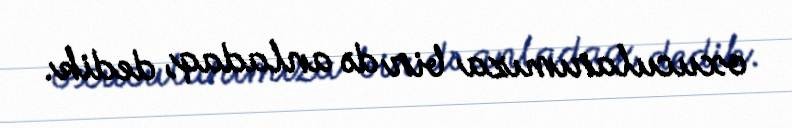
oxucularımıza bir də anladaq, dedik.